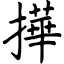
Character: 撶